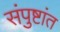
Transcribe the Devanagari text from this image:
संपुष्टांत